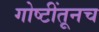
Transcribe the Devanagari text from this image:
गोष्टींतूनच